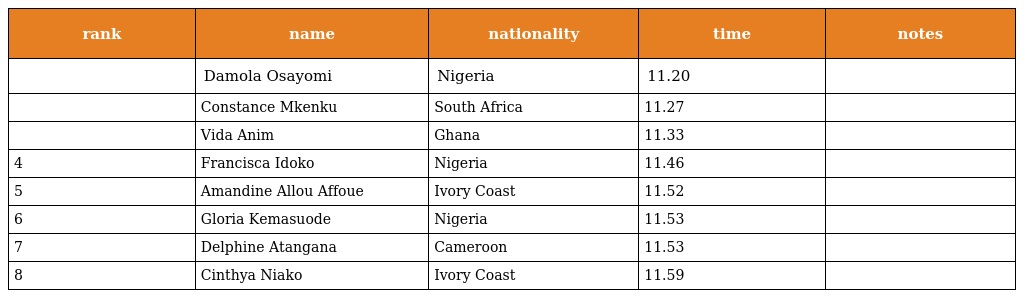
| rank | name | nationality | time | notes |
 | --- | --- | --- | --- | --- |
 |  | Damola Osayomi | Nigeria | 11.20 |  |
 |  | Constance Mkenku | South Africa | 11.27 |  |
 |  | Vida Anim | Ghana | 11.33 |  |
 | 4 | Francisca Idoko | Nigeria | 11.46 |  |
 | 5 | Amandine Allou Affoue | Ivory Coast | 11.52 |  |
 | 6 | Gloria Kemasuode | Nigeria | 11.53 |  |
 | 7 | Delphine Atangana | Cameroon | 11.53 |  |
 | 8 | Cinthya Niako | Ivory Coast | 11.59 |  |